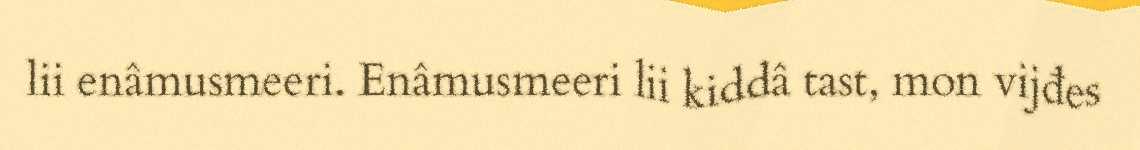
lii enâmusmeeri. Enâmusmeeri lii kiddâ tast, mon vijđes